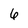
Character: 6